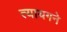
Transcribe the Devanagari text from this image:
त्यायगने